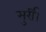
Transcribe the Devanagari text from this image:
मुर्री।